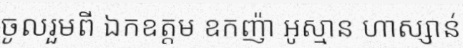
ចូលរួមពី ឯកឧត្តម ឧកញ៉ា អូស្មាន ហាស្សាន់